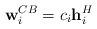
LaTeX: \begin{align*}{\bf{w}}_i^{CB} = c_i {\bf{h}}_i^H \end{align*}